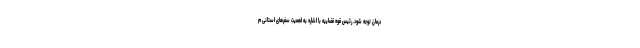
درمان توجه شود. رئیس قوه قضاییه با اشاره به اهمیت سفرهای استانی م